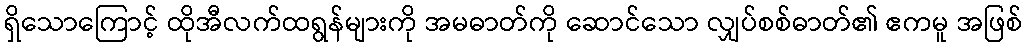
ရှိသောကြောင့် ထိုအီလက်ထရွန်များကို အမဓာတ်ကို ဆောင်သော လျှပ်စစ်ဓာတ်၏ ဧကမူ အဖြစ်